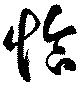
恰